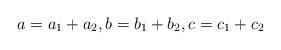
LaTeX: \begin{align*}a=a_1+a_2,b=b_1+b_2,c=c_1+c_2\end{align*}